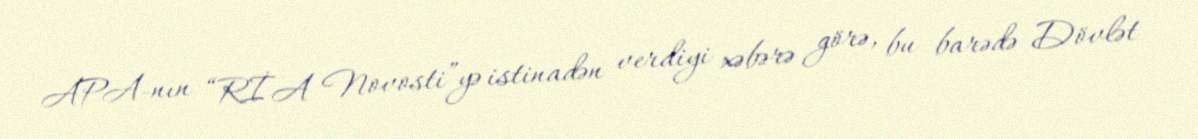
APA-nın “RİA Novosti”yə istinadən verdiyi xəbərə görə, bu barədə Dövlət